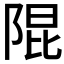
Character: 𮥍